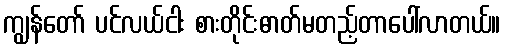
ကျွန်တော် ပင်လယ်ငါး စားတိုင်းဓာတ်မတည့်တာပေါ်လာတယ်။